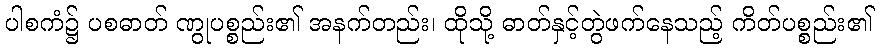
ပါစကံ၌ ပစဓာတ် ဏွုပစ္စည်း၏ အနက်တည်း၊ ထိုသို့ ဓာတ်နှင့်တွဲဖက်နေသည့် ကိတ်ပစ္စည်း၏